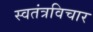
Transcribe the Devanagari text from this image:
स्वतंत्रविचार